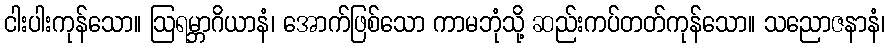
ငါးပါးကုန်သော။ ဩရမ္ဘာဂိယာနံ၊ အောက်ဖြစ်သော ကာမဘုံသို့ ဆည်းကပ်တတ်ကုန်သော။ သညောဇနာနံ၊